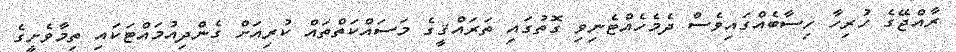
ރާއްޖޭގެ ހުރިހާ ހިސާބެއްގައިވެސް ދެމެހެއްޓެނިވި ގޮތުގައި ތަރައްޤީގެ މަސައްކަތްތައް ކުރިއަށް ގެންދިއުމައްޓަކައި ތިމާވެށީގެ